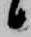
候